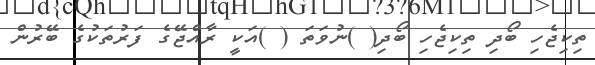
ތިކިޖެހި ބޯދި ތިކިޖެހި ބޯދި( )ނުވަތަ ( )އަކީ ރާއްޖޭގެ ފަރުތަކުގެ ބޭރުން